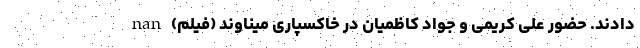
دادند. حضور علی کریمی و جواد کاظمیان در خاکسپاری میناوند (فیلم) nan